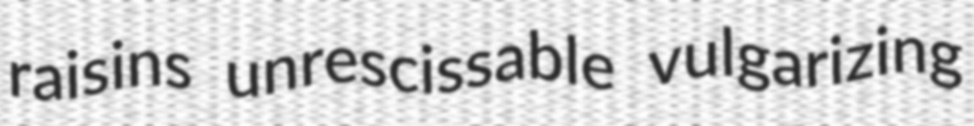
raisins unrescissable vulgarizing